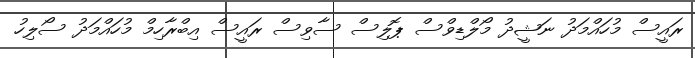
ރައީސް މުހައްމަދު ނަޝީދު މޯލްޑިވްސް ޕޮލިސް ސާވިސް ރައީސް އިބްރާހިމް މުހައްމަދު ސޯލިހު